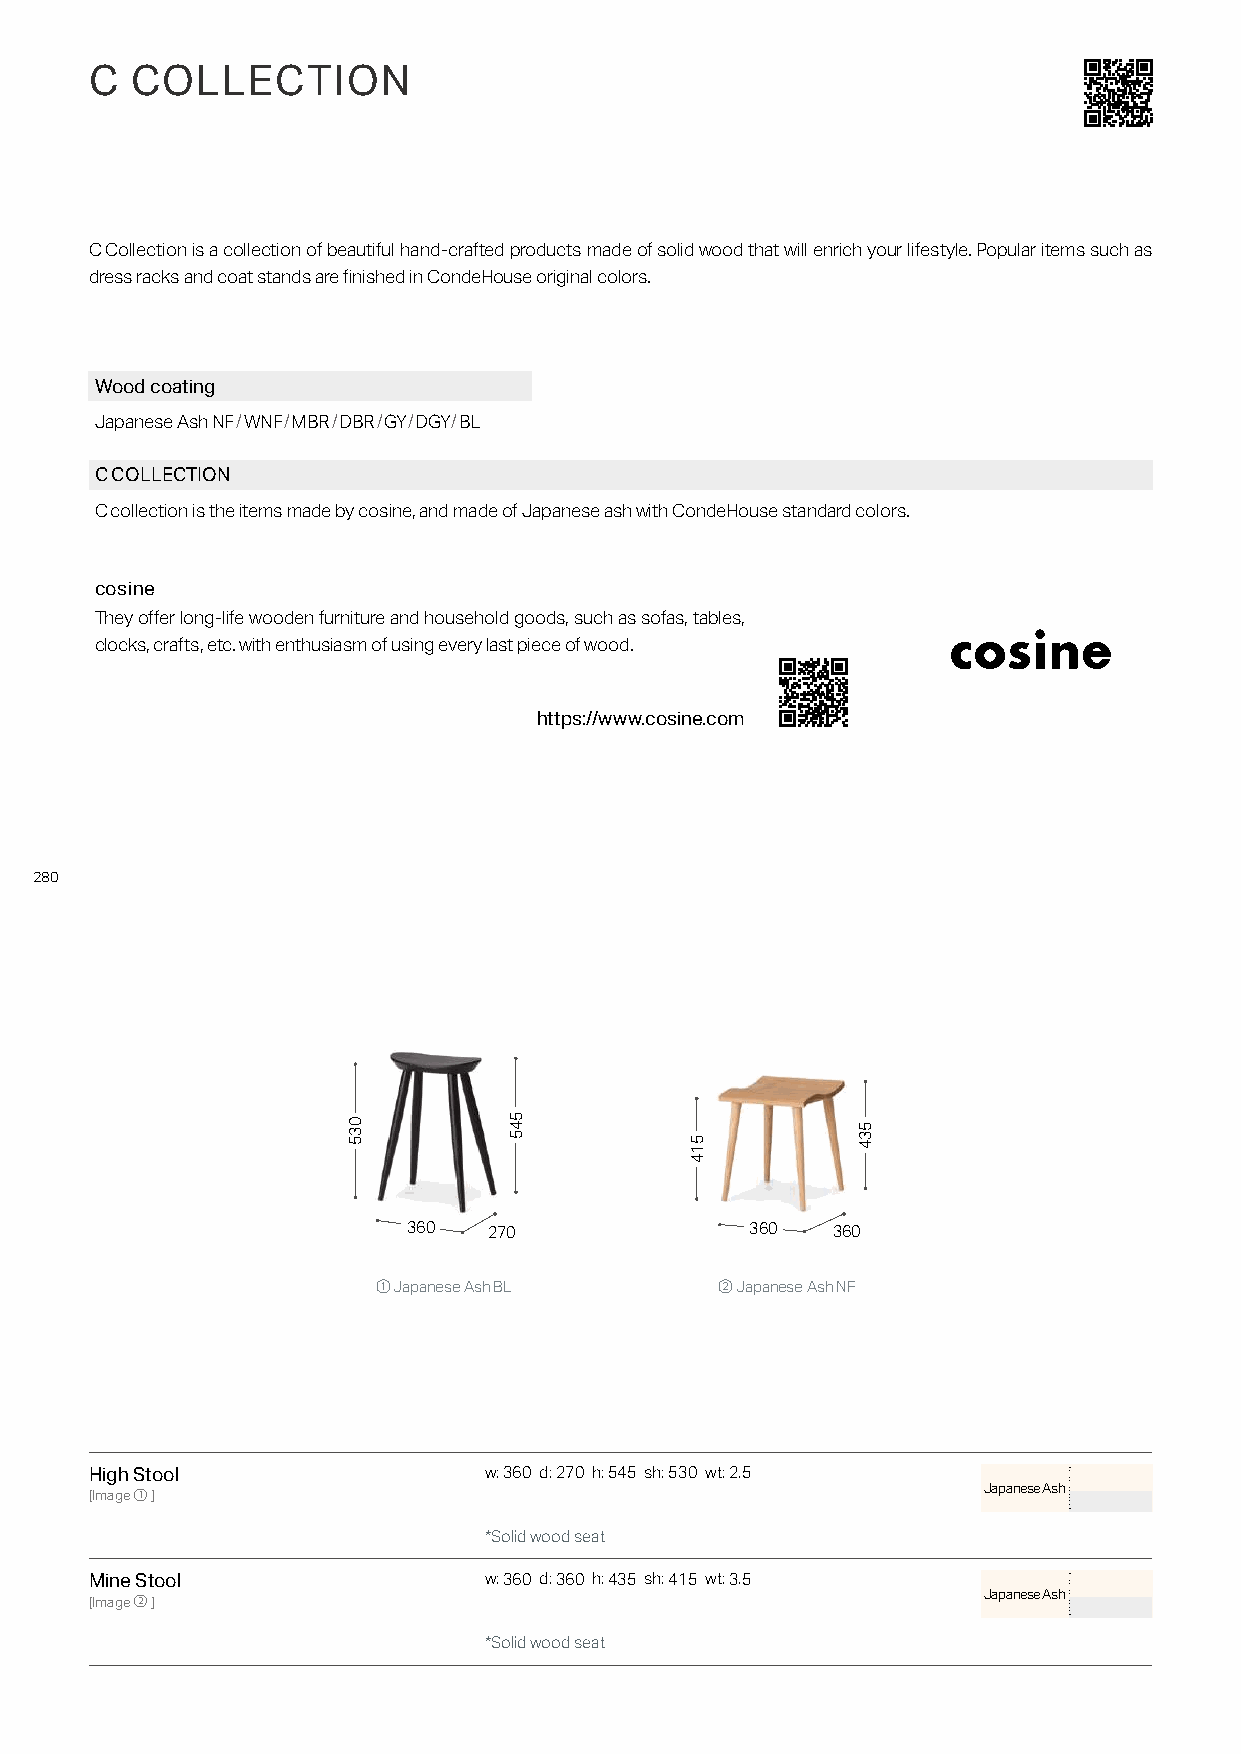
C  COLLECTION
 C Collection is a collection of beautiful hand-crafted products made of solid wood that will enrich your lifestyle. Popular items such as
 dress racks and coat stands are finished in CondeHouse original colors.
 Wood coating
 Japanese Ash NF/WNF/MBR/DBR/GY/DGY/BL
 C COLLECTION
 C collection is the items made by cosine, and made of Japanese ash with CondeHouse standard colors.
 cosine
 They offer long-life wooden furniture and household goods, such as sofas, tables,
 clocks, crafts, etc. with enthusiasm of using every last piece of wood.
 https://www.cosine.com
 280
 360  270               360  360
 ① Japanese Ash BL      ② Japanese Ash NF
 High Stool                w: 360 d: 270 h: 545 sh: 5 30 wt: 2.5
 Japanese Ash
 [Image①]
 *Solid wood seat
 Mine Stool                w: 360 d: 360 h: 435 sh: 415 wt: 3.5
 Japanese Ash
 [Image②]
 *Solid wood seat
 035       545
 514
 534